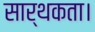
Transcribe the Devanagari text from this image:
सार्थकता।